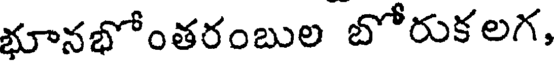
భూనభోంతరంబుల బోరుకలగ,